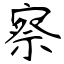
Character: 察